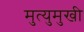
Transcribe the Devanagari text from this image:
मुत्युमुखी